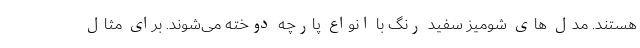
هستند. مدل های شومیز سفید رنگ با انواع پارچه دوخته می‌شوند. برای مثال